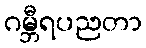
ဂမ္ဘီရပညတာ